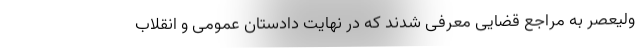
ولیعصر به مراجع قضایی معرفی شدند که در نهایت دادستان عمومی و انقلاب